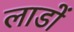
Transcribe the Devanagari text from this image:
लाडों